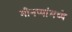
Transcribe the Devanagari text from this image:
मीनप्पांमध्ये